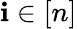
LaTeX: \mathbf{i}\in[n]